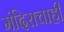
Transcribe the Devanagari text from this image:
मंदिराचाही